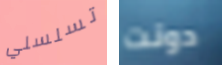
تسلسلي دونت